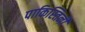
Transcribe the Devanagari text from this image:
पाकिस्तिनी